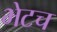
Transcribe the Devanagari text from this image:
भेटच